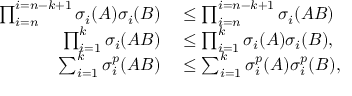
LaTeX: \begin{array} { r l } { \prod _ { i = n } ^ { i = n - k + 1 } \sigma _ { i } ( A ) \sigma _ { i } ( B ) } & { { } \leq \prod _ { i = n } ^ { i = n - k + 1 } \sigma _ { i } ( A B ) } \\ { \prod _ { i = 1 } ^ { k } \sigma _ { i } ( A B ) } & { { } \leq \prod _ { i = 1 } ^ { k } \sigma _ { i } ( A ) \sigma _ { i } ( B ) , } \\ { \sum _ { i = 1 } ^ { k } \sigma _ { i } ^ { p } ( A B ) } & { { } \leq \sum _ { i = 1 } ^ { k } \sigma _ { i } ^ { p } ( A ) \sigma _ { i } ^ { p } ( B ) , } \end{array}